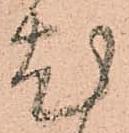
尤